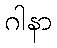
ဂါနာ